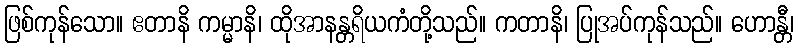
ဖြစ်ကုန်သော။ ဧတာနိ ကမ္မာနိ၊ ထိုအာနန္တရိယကံတို့သည်။ ကတာနိ၊ ပြုအပ်ကုန်သည်။ ဟောန္တီ၊